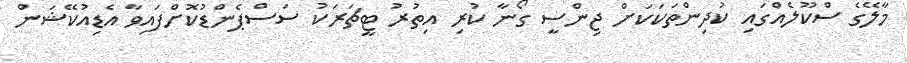
މާލޭގެ ސްކޫލެއްގައި ކުދިންތަކަކަށް ޖިންސީ ގޯނާ ކުރި އިތުރު ޓީޗަރަކު ސަސްޕެންޑުކޮށްފައިވާ އެޑިއުކޭޝަން